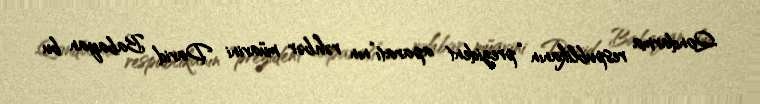
Qondarma respublikanın “prezident aparatı”nın rəhbər müavini David Babayan bu